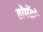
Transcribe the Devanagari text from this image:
तोर्पेदो